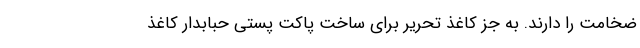
ضخامت را دارند. به جز کاغذ تحریر برای ساخت پاکت پستی حبابدار کاغذ